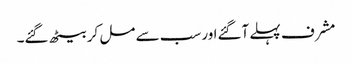
مشرف پہلے آگئےاورسب سے مل کر بیٹھ گئے۔